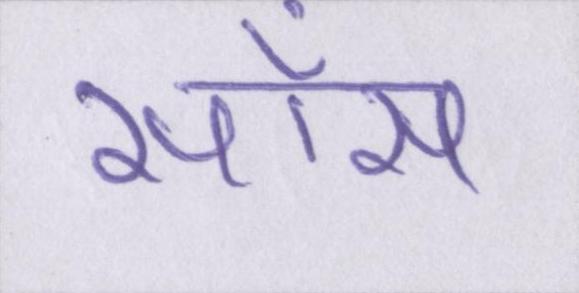
साँस